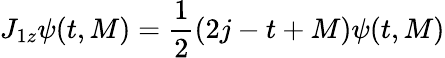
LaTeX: J_{1z}\psi(t,M)=\frac{1}{2}(2j-t+M)\psi(t,M)